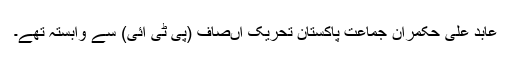
عابد علی حکمران جماعت پاکستان تحریک اںصاف (پی ٹی آئی) سے وابستہ تھے۔